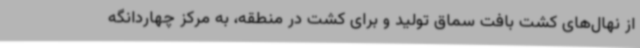
از نهال‌های کشت بافت سماق تولید و برای کشت در منطقه، به مرکز چهاردانگه